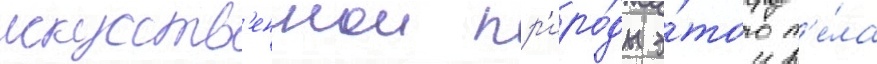
искусств'еннои пр'иро́ды э́того т'е́ла